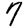
Digit: 7